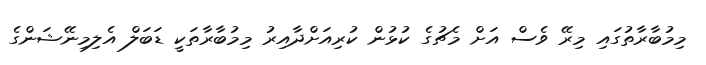
މިމުބާރާތުގައި މިރޭ ވެސް އަށް މެޗުގެ ކުޅުން ކުރިއަށްދާއިރު މިމުބާރާތަކީ ޑަބަލް އެލިމިނޭޝަންގެ